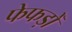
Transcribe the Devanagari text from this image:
फेफड़ोँ